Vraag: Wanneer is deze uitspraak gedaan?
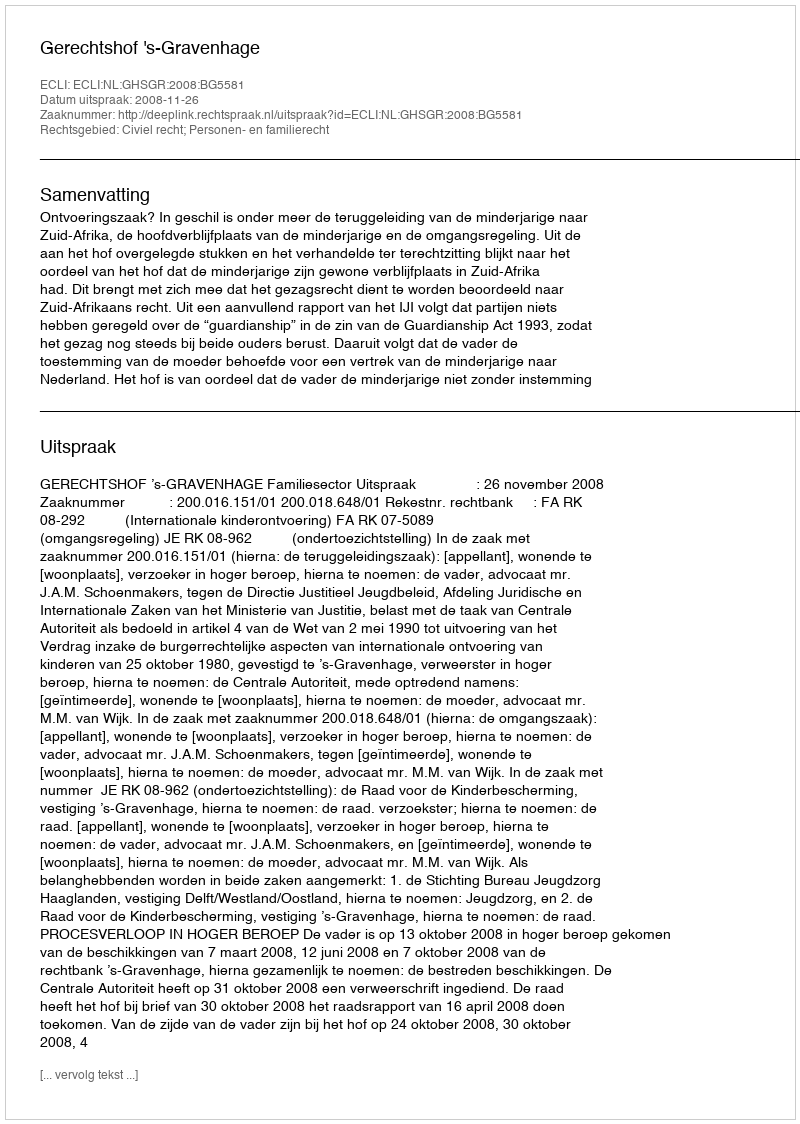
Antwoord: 2008-11-26